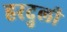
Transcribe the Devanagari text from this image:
हरदुली